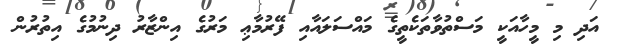
އަދި މި މީހާއަކީ މަސްތުވާތަކެތީގެ މައްސަލައާއި ފޭރުމާޢި މަރުގެ އިންޒާރު ދިނުމުގެ އިތުރުން